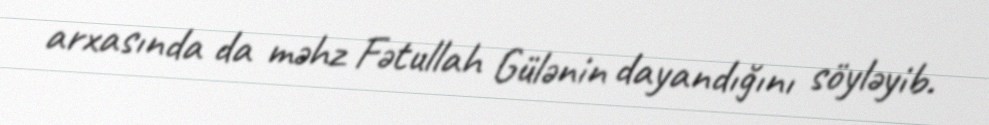
arxasında da məhz Fətullah Gülənin dayandığını söyləyib.